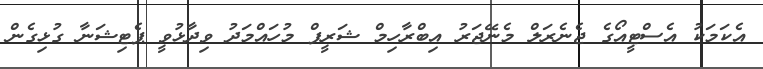
އެކަމަކު އެސްޓީއޯގެ ޖެނެރަލް މެނޭޖަރު އިބްރާހިމް ޝަރީފް މުހައްމަދު ވިދާޅުވީ ޕެޓިޝަނާ ގުޅިގެން